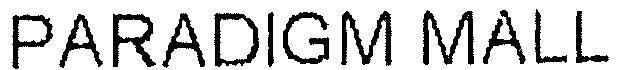
PARADIGM MALL